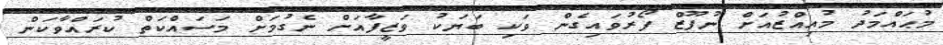
މުޙައްމަދު މުއިއްޒުއަށް ނުފޫޒް ފޯރުވައިގެން ވަކި ބަޔަކު ވަޒީފާއަށް ނެގުމަށް މަސައްކަތް ކުރައްވާކަން